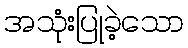
အသုံးပြုခဲ့သော